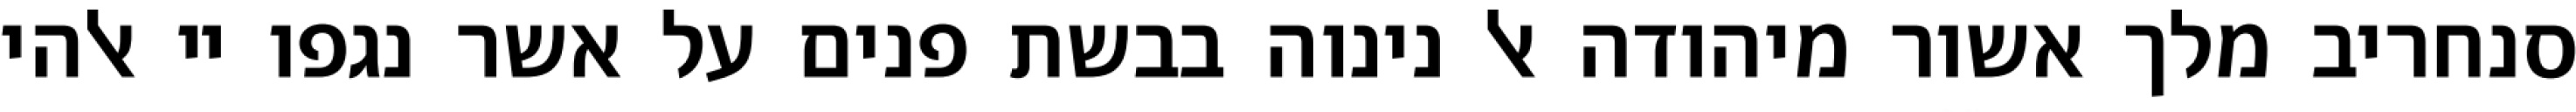
סנחריב מלך אשור מיהודה אל נינוה בבשת פנים על אשר נגפו יי אלהי